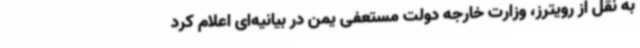
به نقل از رویترز، وزارت خارجه دولت مستعفی یمن در بیانیه‌ای اعلام کرد